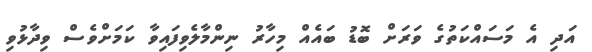
އަދި އެ މަސައްކަތުގެ ވަރަށް ބޮޑު ބައެއް މިހާރު ނިންމާލެވިފައިވާ ކަމަށްވެސް ވިދާޅުވި